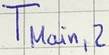
Text: TMain,2